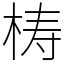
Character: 梼